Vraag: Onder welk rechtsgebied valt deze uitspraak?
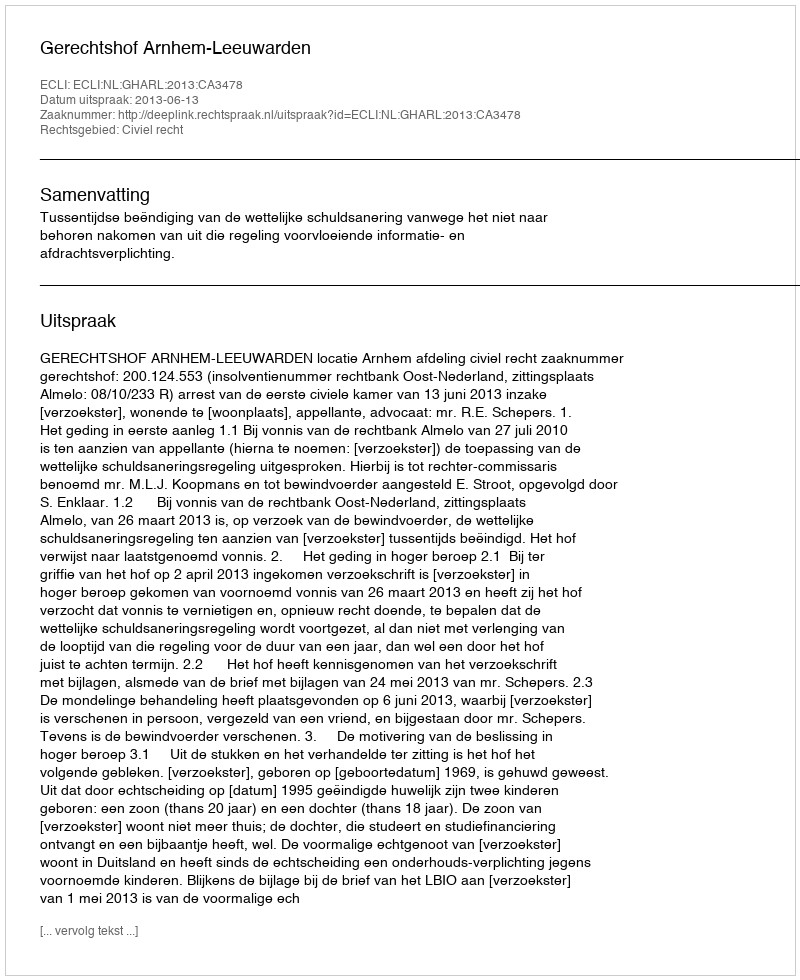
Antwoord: Civiel recht